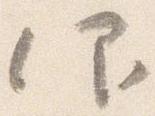
仰